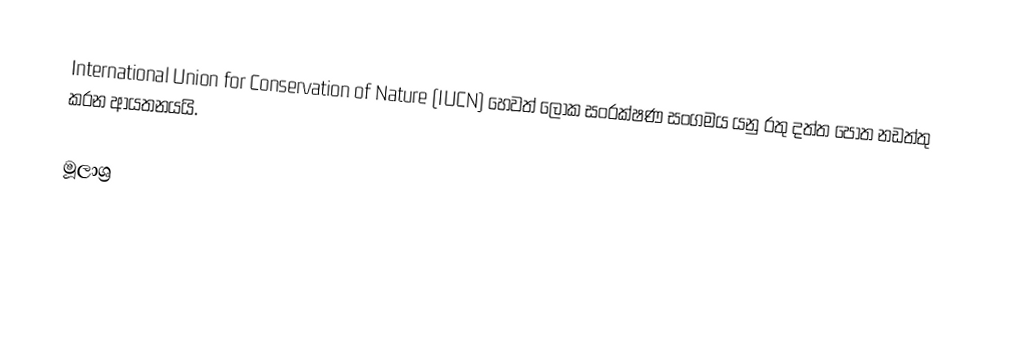
International Union for Conservation of Nature (IUCN) හෙවත් ලෝක සංරක්ෂණ සංගමය යනු රතු දත්ත පොත නඩත්තු කරන ආයතනයයි.

මූලාශ්‍ර